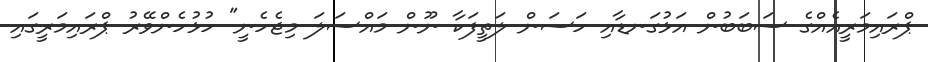
ޕްރައިމަރީއެއްގެ ސަބަބުން އަޅުގަނޑާއި ހަސަން ލަތީފަކާ ނޫން މައްސަލަ މިޖެހެނީ" ހުޅުހެންވޭރު ޕްރައިމަރީގައި